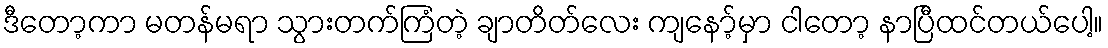
ဒီတော့ကာ မတန်မရာ သွားတက်ကြံတဲ့ ချာတိတ်လေး ကျနော့်မှာ ငါတော့ နာပြီထင်တယ်ပေါ့။